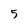
Character: 5